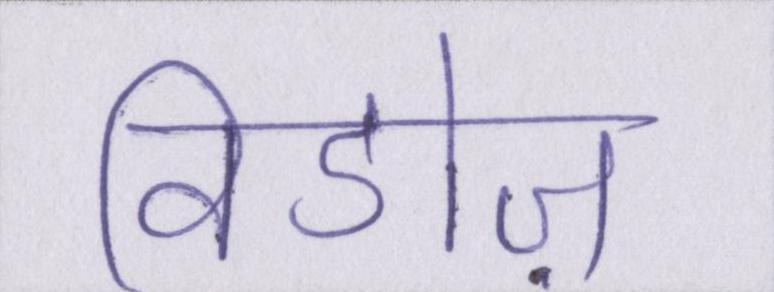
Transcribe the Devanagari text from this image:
विडोज़